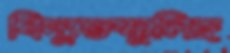
বিদ্যুতস্ফুলিঙ্গ